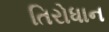
તિરોધાન